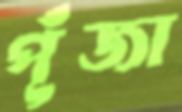
পূঁজা